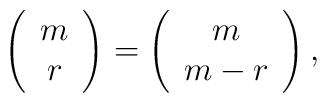
\left( \begin{array}{c} m \\ r \end{array} \right) =  \left( \begin{array}{c} m \\ m-r \end{array} \right),